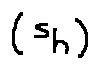
( s _ { h } )